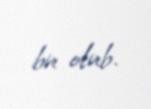
bu olub.